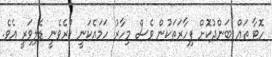
ހޮޓާ ތައް ބަންދުކޮށް ފިހާރަތަކުން ވެސް މިހާރު ހަމައެކަނީ ކުރެވެނީ ޑެލިވަރީ އެވެ.